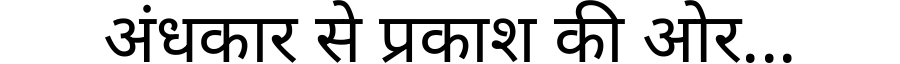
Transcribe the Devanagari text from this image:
अंधकार से प्रकाश की ओर...